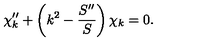
\chi _ { k } ^ { \prime \prime } + \left( k ^ { 2 } - \frac { S ^ { \prime \prime } } S \right) \chi _ { k } = 0 .